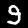
Digit: 9